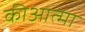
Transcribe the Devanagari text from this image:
कीआत्मा